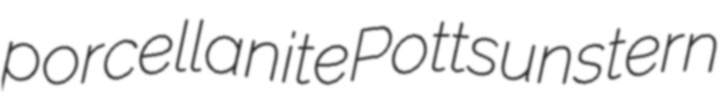
porcellanite Potts unstern